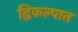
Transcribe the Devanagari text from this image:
द्विकल्पात